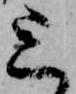
上